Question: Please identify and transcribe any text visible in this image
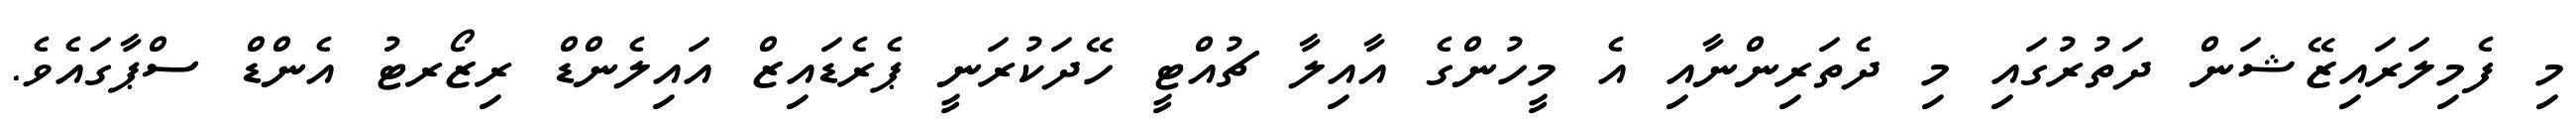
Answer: މި ފެމިލަރައިޒޭޝަން ދަތުރުގައި މި ދެތަރިންނާއި އެ މީހުންގެ އާއިލާ ޗުއްޓީ ހޭދަކުރަނީ ޕެރެޑައިޒް އައިލެންޑް ރިޒޯރޓު އެންޑް ސްޕާގައެވެ.